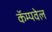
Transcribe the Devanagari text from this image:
कॅम्पवेल